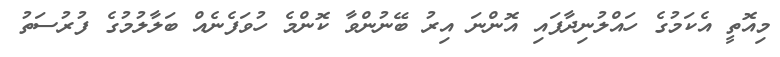
މިއޮތީ އެކަމުގެ ހައްލުނިދާފައި އޮންނަ އިރު ބޭނުންވާ ކޮންމެ ހުވަފެނެއް ބަލާލުމުގެ ފުރުސަތު